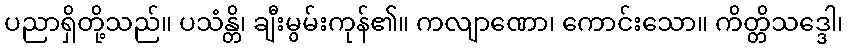
ပညာရှိတို့သည်။ ပသံန္တိ၊ ချီးမွမ်းကုန်၏။ ကလျာဏော၊ ကောင်းသော။ ကိတ္တိသဒ္ဒေါ၊